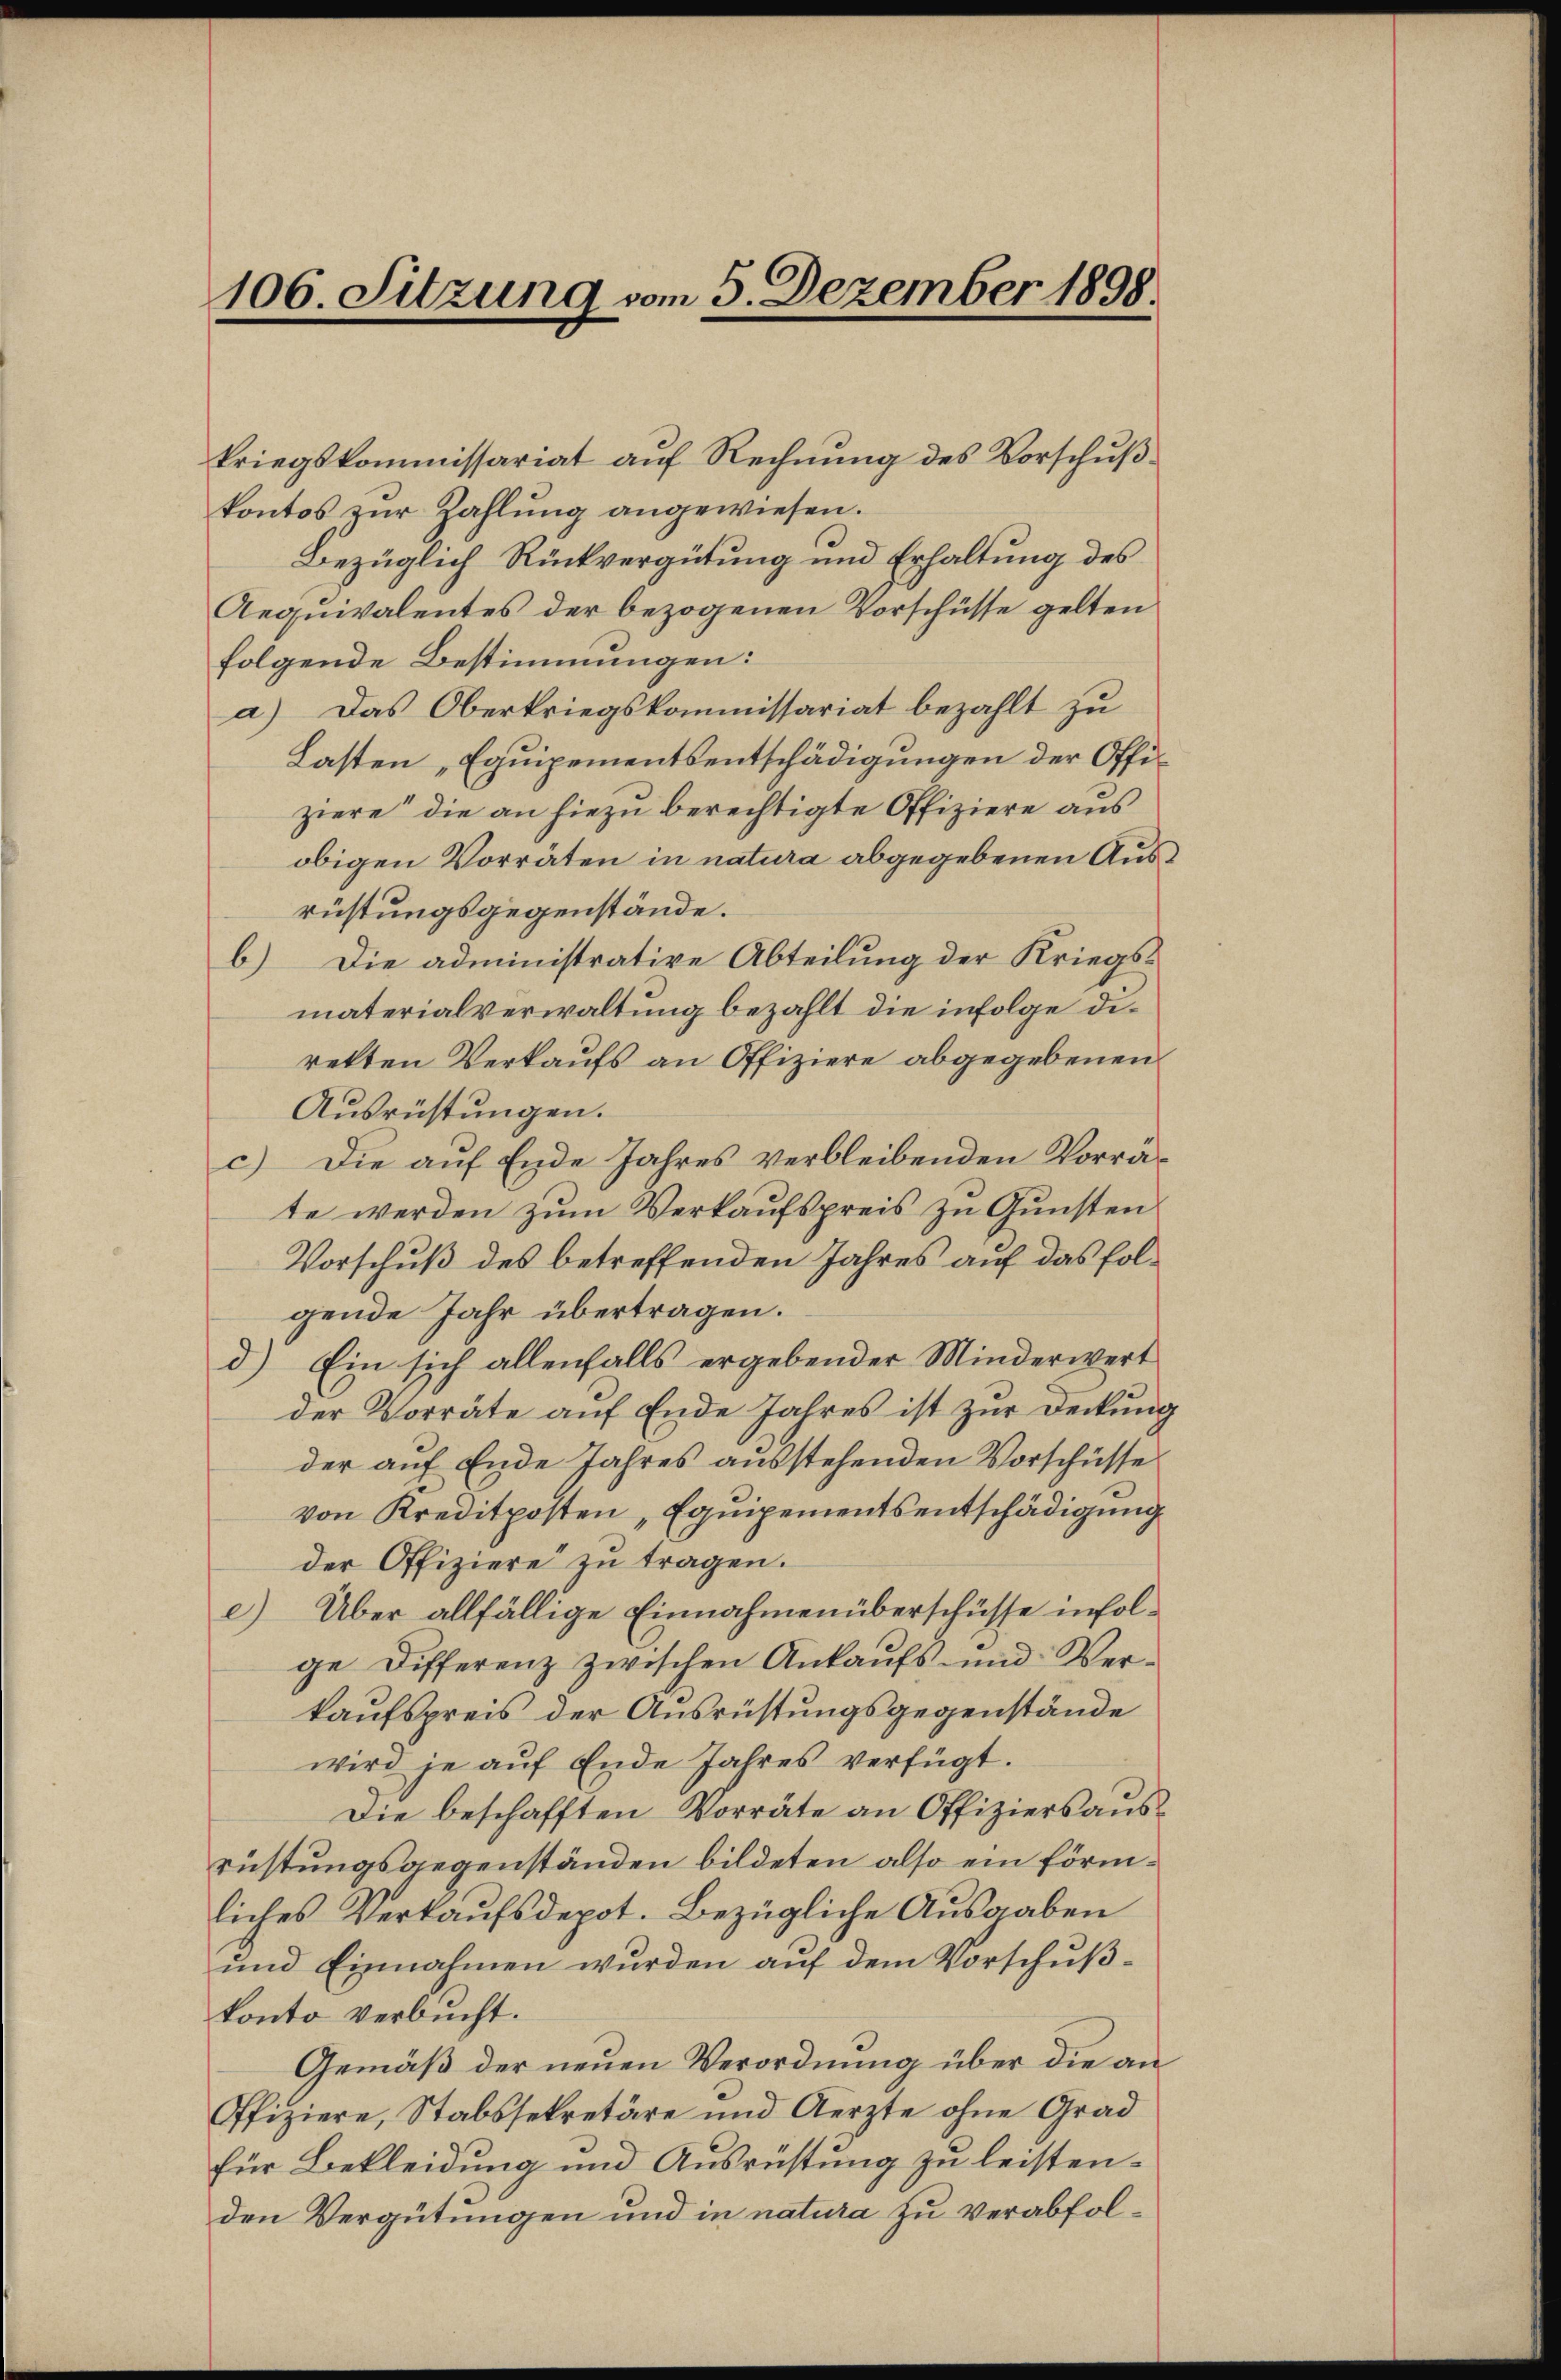
106. Sitzung vom 5. Dezember 1898

kriegskommissariat auf Rechnung des Vorschußkontos zur Zahlung angewiesen.
Bezüglich Rückvergütung und Erhaltung des
Aequivalentes der bezogenen Vorschüsse gelten
folgende Bestimmungen:
a) Das Oberkriegskommissariat bezahlt zu
Lasten „Equipementsentschädigungen der Offiziere die an hiezu berechtigte Offiziere aus
obigen Vorräten in natura abgegebenen Ausrüstungsgegenstände.
b) Die administrative Abteilung der Kriegs-
materialverwaltung bezahlt die infolge direkten Verkaufs an Offiziere abgegebenen
Ausrüstungen.
c.) Die auf Ende Jahres verbleibenden Vorräte werden zum Verkaufspreis zu Gunsten
Vorschuß des betreffenden Jahres auf das folgende Jahr übertragen.
d.) Ein sich allenfalls ergebender Minderwert
der Vorräte auf Ende Jahres ist zur Deckung
der auf Ende Jahres ausstehenden Vorschüsse
von Kreditposten „Equipementsentschädigung
der Offiziere zu tragen.
e) Über allfällige Einnahmenüberschüsse infolge Differenz zwischen Ankaufs- und Verkaufspreis der Ausrüstungsgegenstände
wird je aŭf Ende Jahres verfügt.
Die beschafften Vorräte an Offiziers ausrüstungsgegenständen bildeten also ein förmliches Verkaufsdepot. Bezügliche Ausgaben
und Einnahmen wurden auf dem Vorschußkonto verbucht.
Gemäß der neuen Verordnung über die an¬
Ofiziere, Stabssekretäre und Aerzte ohne Grad
für Bekleidung und Ausrüstung zu leistenden Vergütungen und in natura zu verabfol¬